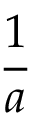
\frac { 1 } { a }